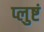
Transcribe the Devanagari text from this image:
प्लुष्टं